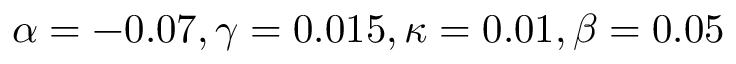
\alpha = - 0 . 0 7 , \gamma = 0 . 0 1 5 , \kappa = 0 . 0 1 , \beta = 0 . 0 5